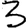
Digit: 3